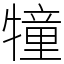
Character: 犝